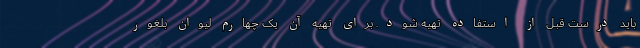
باید درست قبل از استفاده تهیه شود. برای تهیه آن یک چهارم لیوان بلغور